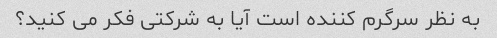
به نظر سرگرم کننده است آیا به شرکتی فکر می کنید؟